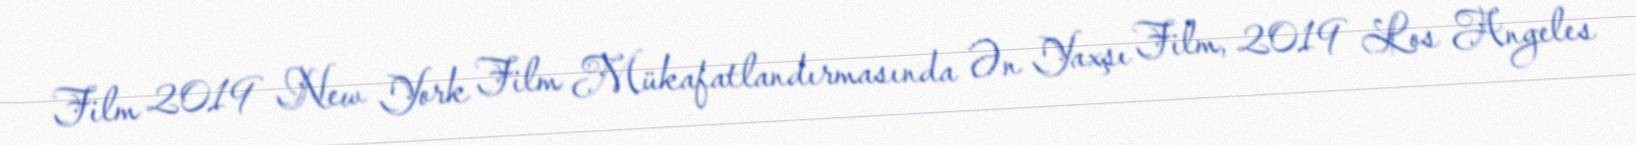
Film 2019 New York Film Mükafatlandırmasında Ən Yaxşı Film, 2019 Los Angeles